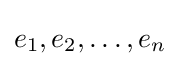
e_{1},e_{2},\ldots ,e_{n}